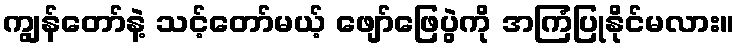
ကျွန်တော်နဲ့ သင့်တော်မယ့် ဖျော်ဖြေပွဲကို အကြံပြုနိုင်မလား။